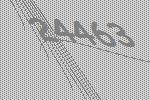
24463